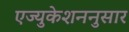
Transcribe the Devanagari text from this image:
एज्युकेशननुसार